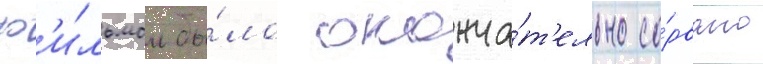
ф'и́льмом бы́ло оконча́т'ельно со́рвано